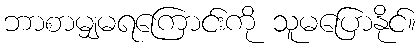
ဘာစာမျှမရကြောင်းကို သူမပြောနိုင်။